Vaccination in the Punjab 1919-1929 - 1919-1929
Year: 1919
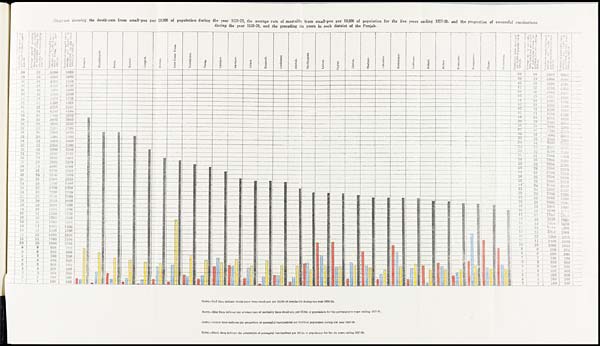
Diagram showing the death-rate from small-pox per 10,000 of population during the year 1828-29, the average rate of mortality from small-pox per 10,000 of population for the five years ending 1927-28, and the proportion of successful vaccinations
during the year 1928-29 and the preceding six years in each district of the Punjab.
NOTE.—Red lines indicate death-rates from small-pox per 10,000 of population during the year 1928-29.
NOTE.—Blue lines indicate the average rate of mortality from small-pox per 10,000 of population for the previous five years ending 1927-28.
NOTE.—Yellow lines indicate the proportion of successful vaccinations per 10,000 of population during the year 1928-29.
NOTE.—Black lines indicate the proportion of successful vaccinations per 10,000 of population for the six years ending 1927-28.